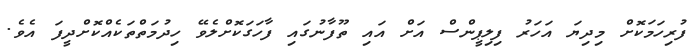
ފުރިހަމަކޮށް މިދިޔަ އަހަރު ފިލިޕީންސް އަށް އައި ތޫފާނުގައި ފާހަގަކޮށްލެވޭ ހިދުމަތްތަކެއްކޮށްދީފަ އެވެ.